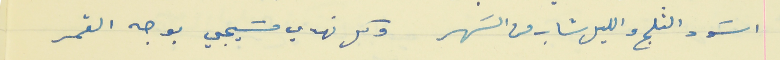
اسَود الثلج والليل شاب من السَهر                             وكل نهدي مسَيجي بوجه القمر